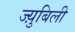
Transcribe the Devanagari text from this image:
ज्य़ुबिली